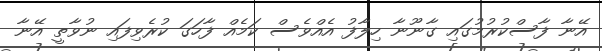
އޭނާ ފާސްކުރުމުގައި ގާނޫނާ ހިލާފު އެއްވެސް ކަމެއް ފާހަގަ ކުރެވިފައި ނުވާތީ އޭނާ